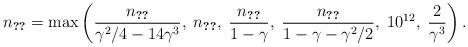
LaTeX: \begin{align*}n_{\ref{main}}=\max\left(\frac{n_{\ref{conn}}}{\gamma^2/4-14\gamma^3},\; n_{\ref{abs59}},\; \frac{n_{\ref{res}}}{1-\gamma},\; \frac{n_{\ref{clic}}}{1-\gamma-\gamma^2/2},\; 10^{12},\;\frac2{\gamma^3}\right).\end{align*}